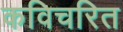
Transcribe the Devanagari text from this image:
कविचरित